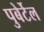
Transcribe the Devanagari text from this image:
पुबेर्टेल